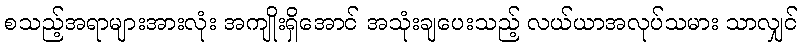
စသည့်အရာများအားလုံး အကျိုးရှိအောင် အသုံးချပေးသည့် လယ်ယာအလုပ်သမား သာလျှင်